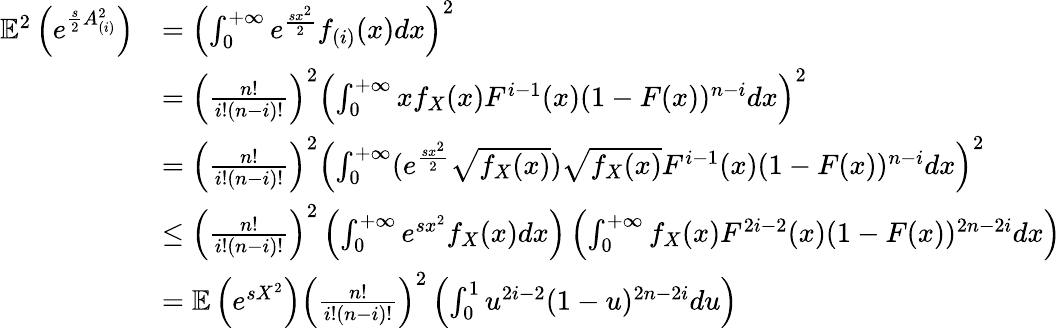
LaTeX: \begin{array}{rl}{\mathbb{E}^{2}\left(e^{\frac{s}{2}A_{(i)}^{2}}\right)}&{=\left(\int_{0}^{+\infty}e^{\frac{sx^{2}}{2}}f_{(i)}(x)dx\right)^{2}}\\ &{=\left(\frac{n!}{i!(n-i)!}\right)^{2}\left(\int_{0}^{+\infty}xf_{X}(x)F^{i-1}(x)(1-F(x))^{n-i}dx\right)^{2}}\\ &{=\left(\frac{n!}{i!(n-i)!}\right)^{2}\left(\int_{0}^{+\infty}(e^{\frac{sx^{2}}{2}}\sqrt{f_{X}(x)})\sqrt{f_{X}(x)}F^{i-1}(x)(1-F(x))^{n-i}dx\right)^{2}}\\ &{\le\left(\frac{n!}{i!(n-i)!}\right)^{2}\left(\int_{0}^{+\infty}e^{sx^{2}}f_{X}(x)dx\right)\left(\int_{0}^{+\infty}f_{X}(x)F^{2i-2}(x)(1-F(x))^{2n-2i}dx\right)}\\ &{=\mathbb{E}\left(e^{sX^{2}}\right)\left(\frac{n!}{i!(n-i)!}\right)^{2}\left(\int_{0}^{1}u^{2i-2}(1-u)^{2n-2i}du\right)}\end{array}